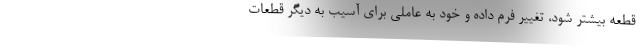
قطعه بیشتر شود، تغییر فرم داده و خود به عاملی برای آسیب به دیگر قطعات